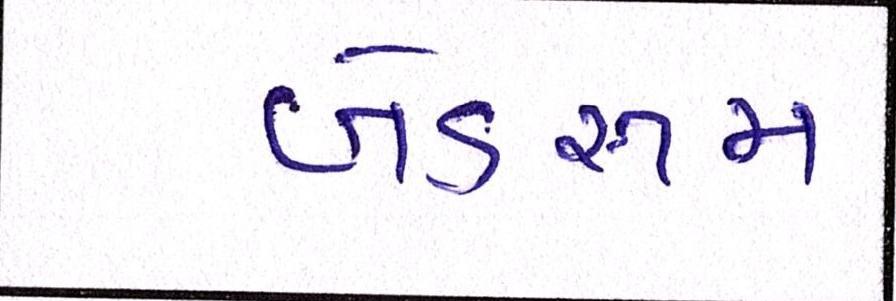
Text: બેડરૂમ